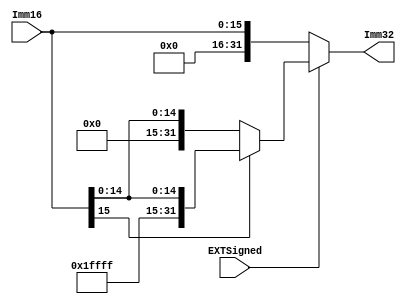
module EXT( Imm16,Imm32,EXTSigned );
  input EXTSigned;
  input  [15:0] Imm16;
  output reg [31:0] Imm32;
   
   
   always@(Imm16,EXTSigned)
   begin
	   if(EXTSigned)
			begin
			  if(Imm16[15])
			  Imm32={16'hffff,Imm16};
			  else
				Imm32={16'h0,Imm16};
			end
	   else
		  Imm32={16'h0,Imm16};
   end 
endmodule


module EXTPC( iPC30,oPC32);
  input [29:0] iPC30;
  output    [31:0] oPC32;
  
  assign oPC32={2'b00,iPC30};
endmodule